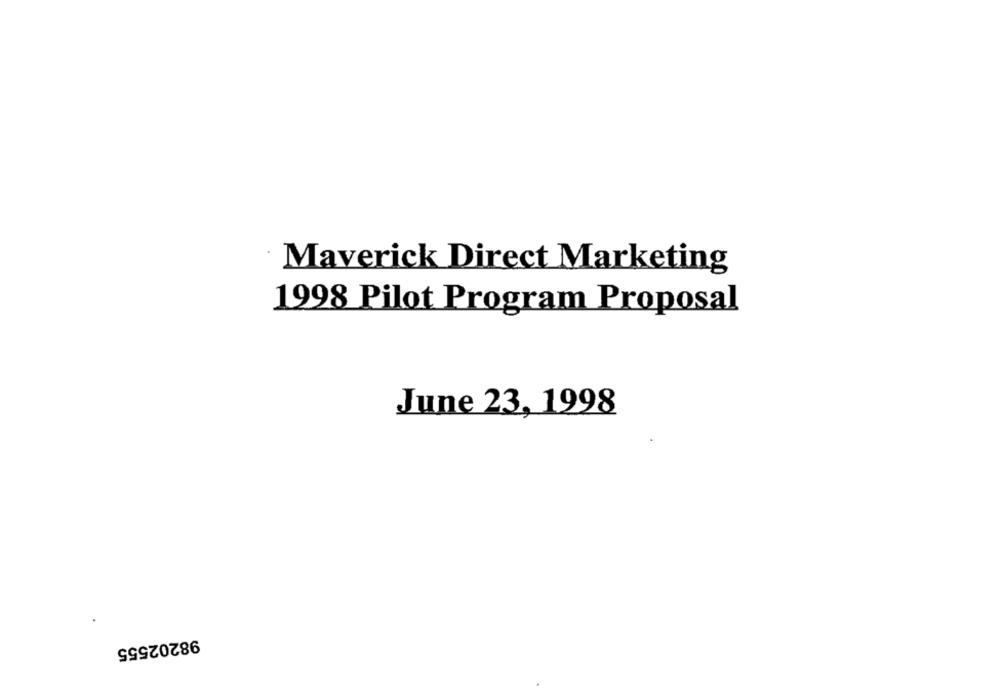
Maverick Direct Marketing
1998 Pilot Program Proposal
June 23, 1998
98202555